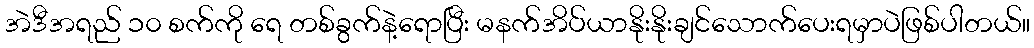
အဲဒီအရည် ၁၀ စက်ကို ရေ တစ်ခွက်နဲ့ရောပြီး မနက်အိပ်ယာနိုးနိုးချင်သောက်ပေးရမှာပဲဖြစ်ပါတယ်။